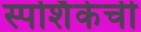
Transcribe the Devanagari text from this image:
स्पर्शिकेची